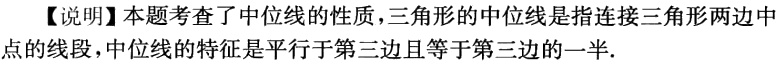
【说明】本题考查了中位线的性质，三角形的中位线是指连接三角形两边中点的线段，中位线的特征是平行于第三边且等于第三边的一半.